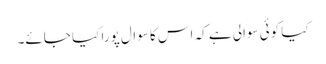
کیا کوئی سوالی ہے کہ اس کا سوال پورا کیا جائے۔